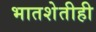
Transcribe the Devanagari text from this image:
भातशेतीही